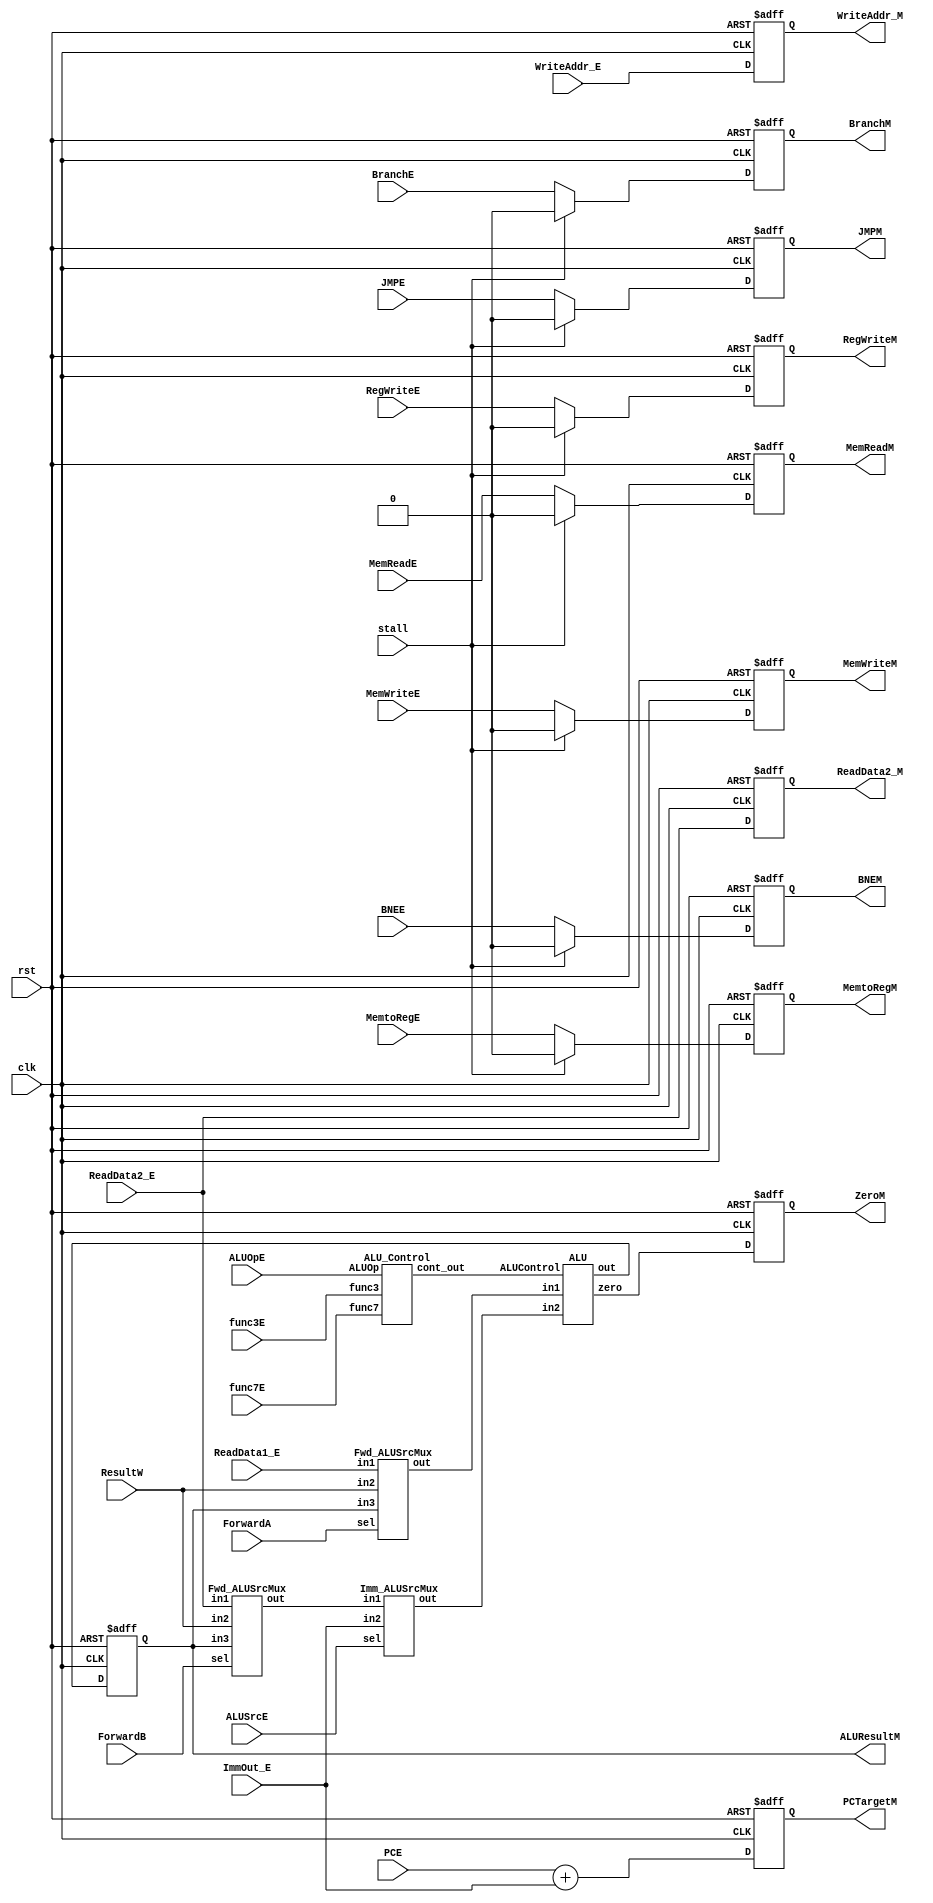


module execute_stage(clk, rst, stall, PCE, ALUSrcE, ALUOpE, RegWriteE, MemReadE, MemWriteE, MemtoRegE, BranchE, BNEE, JMPE, ReadData1_E, ReadData2_E, WriteAddr_E, ImmOut_E, 
							func7E, func3E, PCTargetM, RegWriteM, MemReadM, MemWriteM, MemtoRegM, BranchM, BNEM, JMPM, ZeroM, ReadData2_M, ALUResultM, WriteAddr_M, 
							ResultW, ForwardA, ForwardB);

	input clk, rst, stall;
	input ALUSrcE, RegWriteE, MemReadE, MemWriteE, MemtoRegE, BranchE, BNEE, JMPE;
	input [31:0] ReadData1_E, ReadData2_E, ImmOut_E, ResultW, PCE;
	input [6:0] func7E; 
	input [2:0] func3E;
	input [4:0] WriteAddr_E;
	input [1:0] ForwardA, ForwardB, ALUOpE;
	
	wire ZeroE;
	wire [3:0] ALU_opsel;
	wire [31:0] ALUSrc1, ALUSrc2, ALUSrc2_Imm, ALUResultE, PCTargetE;
	
	reg [4:0] WriteAddr_E_reg;
	reg RegWriteE_reg, MemReadE_reg, MemWriteE_reg, MemtoRegE_reg, BranchE_reg, BNEE_reg, JMPE_reg, ZeroE_reg;
	reg [31:0] ReadData2_E_reg, ALUResultE_reg, PCTargetE_reg;
	
	output [4:0] WriteAddr_M;
	output RegWriteM, MemReadM, MemWriteM, MemtoRegM, BranchM, BNEM, JMPM, ZeroM;
	output [31:0] ReadData2_M, ALUResultM, PCTargetM;
	
	// source for jump instructions
	assign PCTargetE = PCE + ImmOut_E;
	
	Imm_ALUSrcMux Imm_ALUSrcMux(.in1 (ALUSrc2), 
										 .in2 (ImmOut_E), 
										 .sel (ALUSrcE),
										 .out (ALUSrc2_Imm)
										); 
						 
	Fwd_ALUSrcMux Fwd_ALUMuxSrc1(.in1 (ReadData1_E), 
								.in2 (ResultW),
								.in3 (ALUResultM),
								.sel (ForwardA),
								.out (ALUSrc1)
								);
								
	Fwd_ALUSrcMux Fwd_ALUMuxSrc2(.in1 (ReadData2_E), 
								.in2 (ResultW),
								.in3 (ALUResultM),
								.sel (ForwardB),
								.out (ALUSrc2)
								); 
	
   ALU_Control ALUControl(.func7 (func7E),
								  .func3 (func3E),
								  .ALUOp (ALUOpE),
								  .cont_out (ALU_opsel)
								  );
							 
	ALU ALU (
		.in1(ALUSrc1),
		.in2(ALUSrc2_Imm),
		.zero(ZeroE),
		.out(ALUResultE),
		.ALUControl(ALU_opsel)
		);

	
	always @(posedge clk or negedge rst)begin
	
		if (!rst)begin
			RegWriteE_reg <= 0;
			MemReadE_reg <= 0;
			MemWriteE_reg <=0; 
			MemtoRegE_reg <=0; 
			BranchE_reg <=0; 
			BNEE_reg <= 0;
			JMPE_reg <= 0;
			ZeroE_reg <=0;
			WriteAddr_E_reg <= 5'd0;
			ALUResultE_reg <= 32'd0;
			ReadData2_E_reg <= 32'd0;
			PCTargetE_reg <= 32'd0;
		end
		
		else if (stall)begin
			RegWriteE_reg <= 0;
			MemReadE_reg <= 0;
			MemWriteE_reg <=0; 
			MemtoRegE_reg <=0; 
			BranchE_reg <=0; 
			BNEE_reg <= 0;
			JMPE_reg <= 0;
			ZeroE_reg <= ZeroE;
			WriteAddr_E_reg <= WriteAddr_E;
			ALUResultE_reg <= ALUResultE;
			ReadData2_E_reg <= ReadData2_E;
			PCTargetE_reg <= PCTargetE;
		
		end
		else begin
			RegWriteE_reg <= RegWriteE;
			MemReadE_reg <= MemReadE;
			MemWriteE_reg <= MemWriteE; 
			MemtoRegE_reg <= MemtoRegE; 
			BranchE_reg <= BranchE; 
			BNEE_reg <= BNEE;
			JMPE_reg <= JMPE;
			ZeroE_reg <= ZeroE;
			WriteAddr_E_reg <= WriteAddr_E;
			ALUResultE_reg <= ALUResultE;
			ReadData2_E_reg <= ReadData2_E;
			PCTargetE_reg <= PCTargetE;
		end
	end
	
	assign RegWriteM = RegWriteE_reg;
	assign MemReadM = MemReadE_reg;
	assign MemWriteM = MemWriteE_reg;
	assign MemtoRegM = MemtoRegE_reg;
	assign BranchM = BranchE_reg;
	assign BNEM = BNEE_reg;
	assign JMPM = JMPE_reg;
	assign ZeroM = ZeroE_reg;
	assign WriteAddr_M = WriteAddr_E_reg;
	assign ALUResultM = ALUResultE_reg;
	assign ReadData2_M = ReadData2_E_reg;
	assign PCTargetM = PCTargetE_reg;
	
	
endmodule


module ALU(in1, in2, zero, out, ALUControl);
	
	input [31:0] in1, in2;
	input [3:0] ALUControl;
	
	output zero;
	output reg [31:0] out;
	
	assign zero = ~(|(out));
	
	always @(*) begin
    case(ALUControl)
        4'b0000: out = in1 & in2;
        4'b0001: out = in1 | in2;
        4'b0010: out = in1 + in2;
        4'b0110: out = in1 - in2;
        4'b0111: out = ($signed(in1) < $signed(in2)) ? 32'd1 : 32'd0;
        4'b1100: out = ~(in1 | in2);
        default: out = 32'd0;
    endcase
	end
					
	
endmodule


module Imm_ALUSrcMux (in1, in2, sel, out);

	input [31:0] in1, in2;
	input sel;
	output [31:0] out;
	
	assign out = (!sel) ? in1 : in2;
	
endmodule

module Fwd_ALUSrcMux (in1, in2, in3, sel, out);

	input [31:0] in1, in2, in3;
	input [1:0] sel;
	output reg [31:0] out;
	
	always @(*)begin
		case(sel)
			2'b00: out = in1;
			2'b01: out = in2;
			2'b10: out = in3;
		default: out = 32'd0;
	endcase
	end
endmodule


module ALU_Control(func7, func3, ALUOp, cont_out); 

	input [6:0] func7;
	input [2:0] func3;
	input [1:0] ALUOp;
	output reg [3:0] cont_out;

	wire [11:0] instr_comb;
	assign instr_comb = {ALUOp, func7, func3};

	always @(*) begin
		case (instr_comb)
        12'b000000000000, 12'b001111111111 : cont_out = 4'b0010;
        12'b010000000000, 12'b011111111111 : cont_out = 4'b0110;
        12'b100000000000, 12'b110000000000 : cont_out = 4'b0010;
        12'b100100000000, 12'b110100000000 : cont_out = 4'b0110;
        12'b100000000111, 12'b110000000111 : cont_out = 4'b0000;
        12'b000000000110, 12'b100000000110 : cont_out = 4'b0001;
        default : cont_out = 4'b0000;
    endcase
	end

endmodule